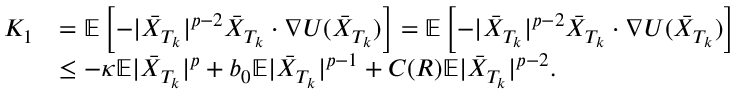
\begin{array} { r l } { K _ { 1 } } & { = \mathbb { E } \left[ - | \bar { X } _ { T _ { k } } | ^ { p - 2 } \bar { X } _ { T _ { k } } \cdot \nabla U ( \bar { X } _ { T _ { k } } ) \right] = \mathbb { E } \left[ - | \bar { X } _ { T _ { k } } | ^ { p - 2 } \bar { X } _ { T _ { k } } \cdot \nabla U ( \bar { X } _ { T _ { k } } ) \right] } \\ & { \leq - \kappa \mathbb { E } | \bar { X } _ { T _ { k } } | ^ { p } + b _ { 0 } \mathbb { E } | \bar { X } _ { T _ { k } } | ^ { p - 1 } + C ( R ) \mathbb { E } | \bar { X } _ { T _ { k } } | ^ { p - 2 } . } \end{array}